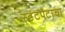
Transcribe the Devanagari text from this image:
स्टंटपटाचा